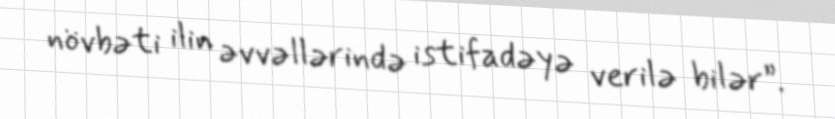
növbəti ilin əvvəllərində istifadəyə verilə bilər”.